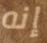
إنه